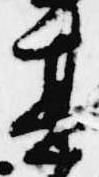
其